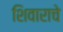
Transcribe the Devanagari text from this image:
शिवाराचे